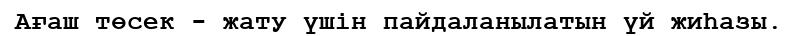
Ағаш төсек - жату үшін пайдаланылатын үй жиһазы.